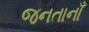
જનતાનાઁ